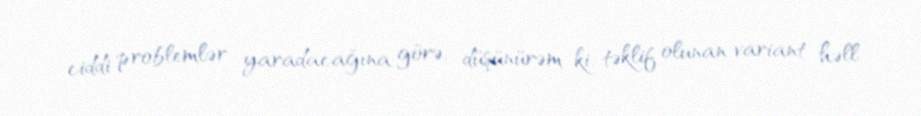
ciddi problemlər yaradacağına görə, düşünürəm ki, təklif olunan variant həll